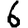
Digit: 6